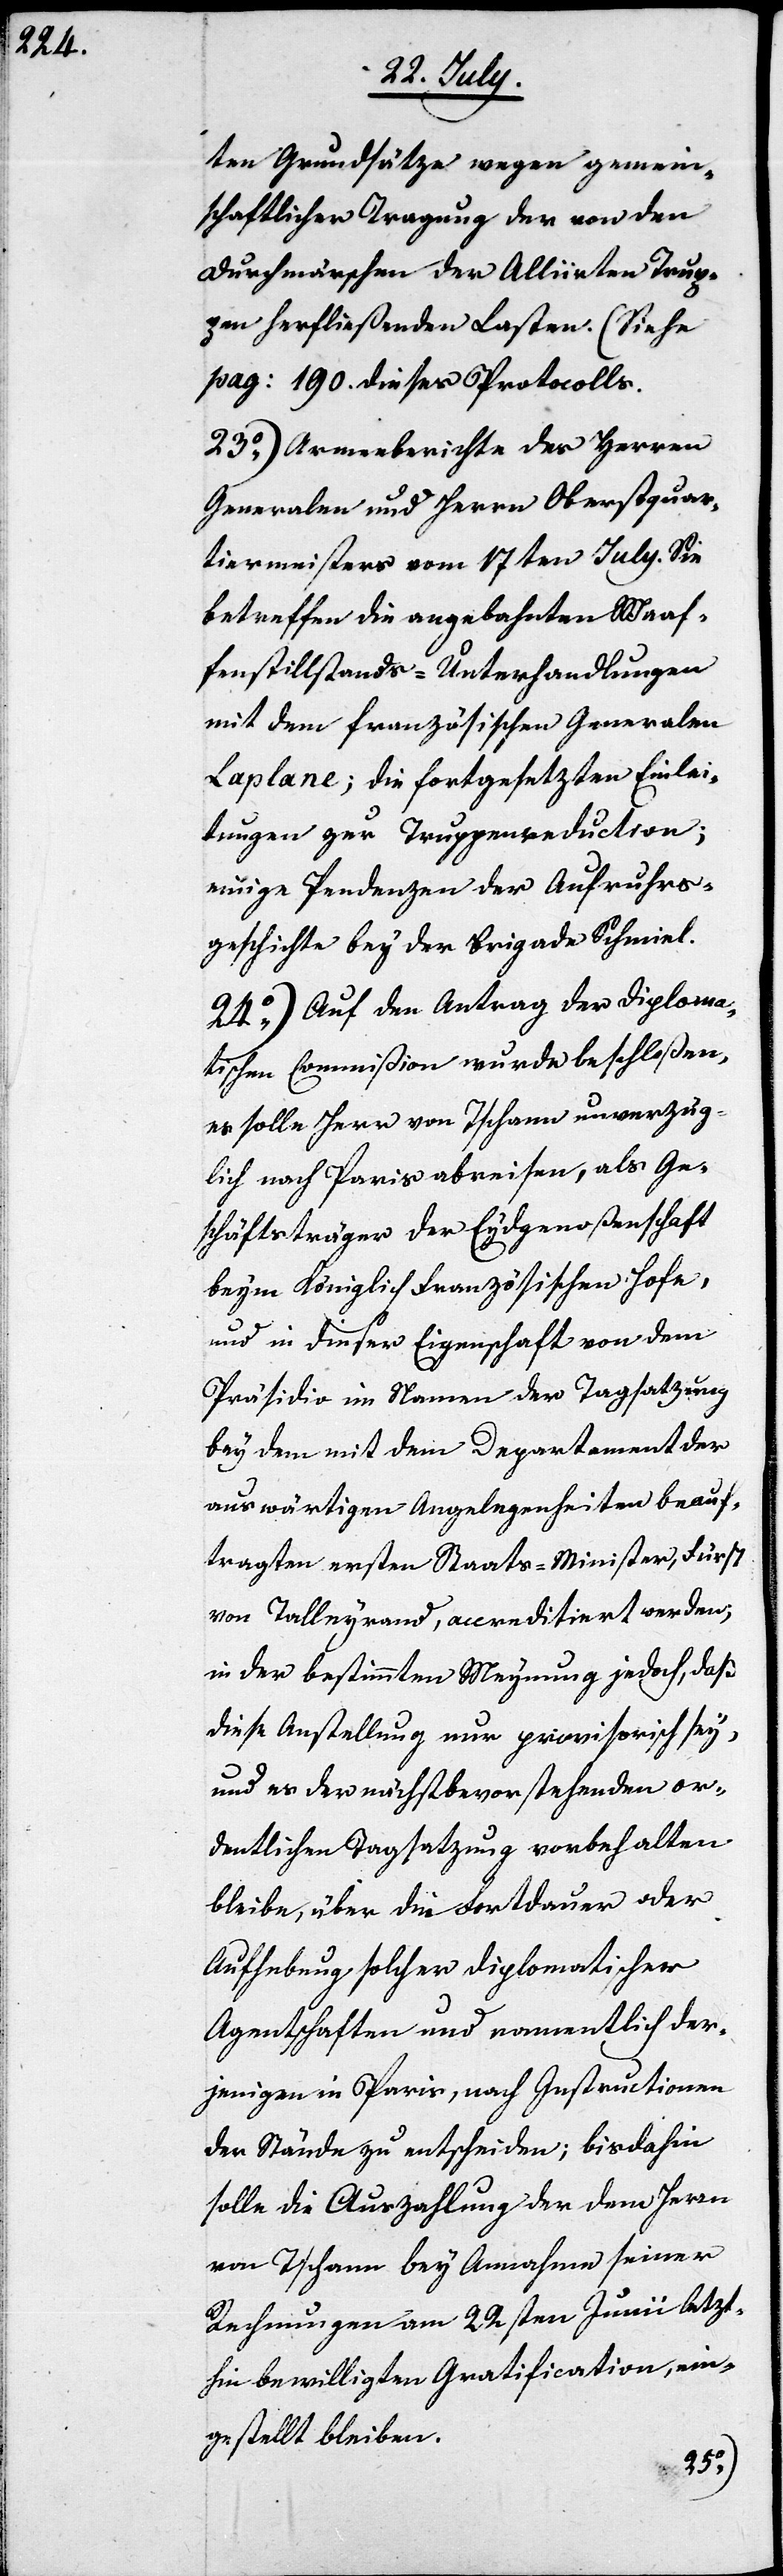
ten Grundsätze wegen gemein¬
schaftlicher Tragung der von den
Durchmärschen der Alliirten Trup¬
pen herfließenden Lasten. (Siehe
pag. 190. dieses Protocolls.)
23.) Armeeberichte des Herren
Generalen und Herrn Oberstquar¬
tiermeisters vom 17ten July. Sie
betreffen die angebahnten Waf¬
fenstillstands-Unterhandlungen
mit dem französischen Generalen
Laplane; die fortgesetzten Einlei¬
tungen zur Truppenreduction;
einige Pendenzen der Aufruhrs¬
geschichte bey der Brigade Schmiel.
24.) Auf den Antrag der Diploma¬
tischen Commißion wurde beschloßen,
es solle Herr von Tschann unverzüg¬
lich nach Paris abreisen, als Ge¬
schäftsträger der Eydgenoßenschaft
beym Königlich Französischen Hofe,
und in dieser Eigenschaft von dem
Präsidio im Namen der Tagsatzung
bey dem mit dem Departement der
auswärtigen Angelegenheiten beauf¬
tragten ersten Staats-Ministers, Fürst
von Talleyrand, accreditiert werden,
in der bestimmten Meynung jedoch, daß
diese Anstellung nur provisorisch sey,
und es der nächstbevorstehenden or¬
dentlichen Tagsatzung vorbehalten
bleibe, über die Fortdauer oder
Aufhebung solcher diplomatischer
Agentschaften und namentlich der¬
jenigen in Paris, nach Instructionen
der Stände zu entscheiden; bis dahin
solle die Auszahlung der dem Herrn
von Tschann bey Annahme seiner
Rechnungen am 22sten Junii letzt¬
hin bewilligten Gratification, ein¬
gestellt bleiben.